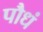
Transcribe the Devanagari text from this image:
पौधं